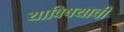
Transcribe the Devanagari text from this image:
याविषयाची